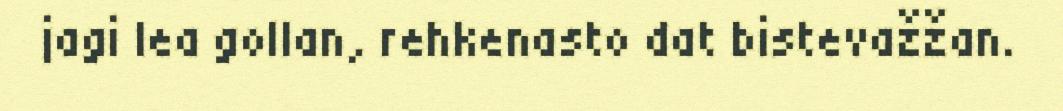
jagi lea gollan, rehkenasto dat bistevažžan.